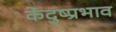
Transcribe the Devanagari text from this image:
केदुष्प्रभाव